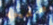
صفحه